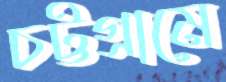
চট্টগ্রামে